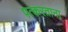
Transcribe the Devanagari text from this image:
पत्करताना